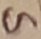
Text: G